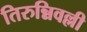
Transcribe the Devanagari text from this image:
तिरुन्निवल्ली